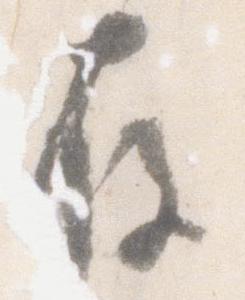
存